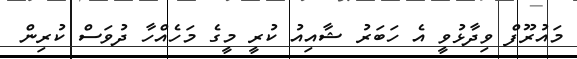
މައުރޫފް ވިދާޅުވީ އެ ހަބަރު ޝާއިއު ކުރީ މީގެ މަހެއްހާ ދުވަސް ކުރިން